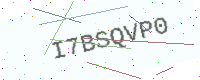
Text: I7BSQVP0